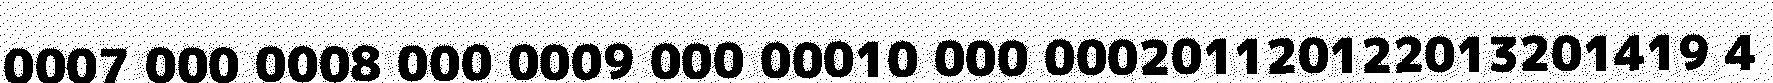
0007 000 0008 000 0009 000 00010 000 000201120122013201419 4